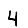
Digit: 4